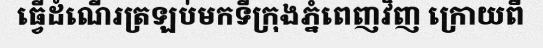
ធ្វើដំណើរត្រឡប់មកទីក្រុងភ្នំពេញវិញ ក្រោយពី